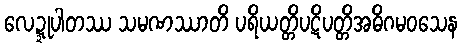
လေဍ္ဍုပါတဿ သမဏဿာတိ ပရိယတ္တိပဋိပတ္တိအဓိဂမဝသေန